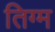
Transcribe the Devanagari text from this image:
तिग्म